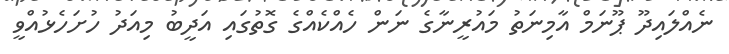
ނެއްލައިދޫ ޕޫނަމް އާމިނަތު މައުރީނާގެ ނަން ހެއްކެއްގެ ގޮތުގައި އަދީބު މިއަދު ހުށަހެޅުއްވީ